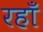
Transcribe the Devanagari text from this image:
रहाँ